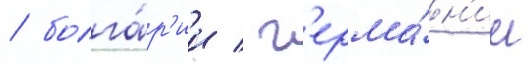
/ болга́р'ии / г'ерма́н'ии